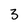
Character: 3